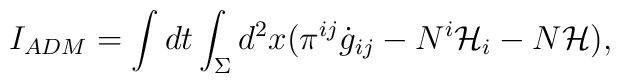
I_{ADM} = \int dt\int_{\Sigma}d^{2}x(\pi^{ij}\dot{g}_{ij}-N^{i}{\cal H}_{i}-N{\cal H}),